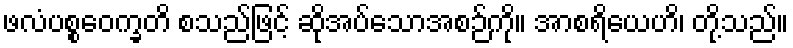
ဖလံပစ္စဝေက္ခတိ စသည်ဖြင့် ဆိုအပ်သောအစဉ်ကို။ အာစရိယေဟိ၊ တို့သည်။